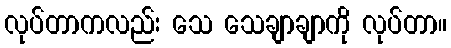
လုပ်တာကလည်း သေ သေချာချာကို လုပ်တာ။